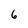
Character: 6